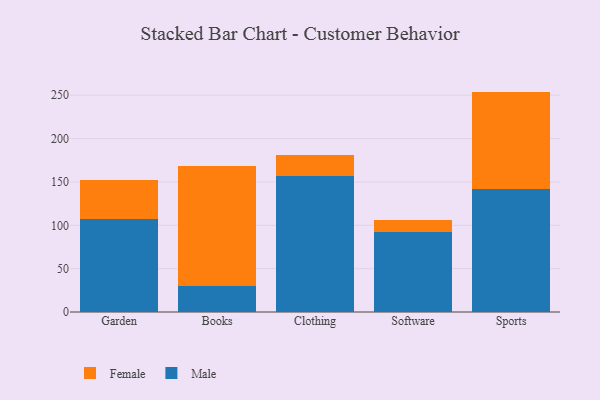
{"axis": {"x": "Category", "y": "Budget (USD K)"}, "legend": ["Female", "Male"], "data": [{"x": "Garden", "y": 106.8, "type": "Male"}, {"x": "Garden", "y": 45.0, "type": "Female"}, {"x": "Books", "y": 29.7, "type": "Male"}, {"x": "Books", "y": 138.9, "type": "Female"}, {"x": "Clothing", "y": 156.6, "type": "Male"}, {"x": "Clothing", "y": 24.9, "type": "Female"}, {"x": "Software", "y": 92.1, "type": "Male"}, {"x": "Software", "y": 14.1, "type": "Female"}, {"x": "Sports", "y": 142.1, "type": "Male"}, {"x": "Sports", "y": 112.1, "type": "Female"}]}